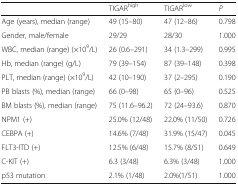
<table><thead><tr><td></td><td><b>TIGAR<sup>high</sup></b></td><td><b>TIGAR<sup>low</sup></b></td><td><b><i>P</i></b></td></tr></thead><tbody><tr><td>Age (years), median (range)</td><td>49 (15–80)</td><td>47 (12–86)</td><td>0.798</td></tr><tr><td>Gender, male/female</td><td>29/29</td><td>28/30</td><td>1.000</td></tr><tr><td>WBC, median (range) (×10<sup>9</sup>/L)</td><td>26 (0.6–291)</td><td>34 (1.3–299)</td><td>0.995</td></tr><tr><td>Hb, median (range) (g/L)</td><td>79 (39–154)</td><td>87 (39–148)</td><td>0.398</td></tr><tr><td>PLT, median (range) (×10<sup>9</sup>/L)</td><td>42 (10–190)</td><td>37 (2–295)</td><td>0.190</td></tr><tr><td>PB blasts (%), median (range)</td><td>66 (0–98)</td><td>65 (0–96)</td><td>0.525</td></tr><tr><td>BM blasts (%), median (range)</td><td>75 (11.6–96.2)</td><td>72 (24–93.6)</td><td>0.870</td></tr><tr><td>NPM1 (+)</td><td>25.0% (12/48)</td><td>22.0% (11/50)</td><td>0.726</td></tr><tr><td>CEBPA (+)</td><td>14.6% (7/48)</td><td>31.9% (15/47)</td><td>0.045</td></tr><tr><td>FLT3-ITD (+)</td><td>12.5% (6/48)</td><td>15.7% (8/51)</td><td>0.649</td></tr><tr><td>C-KIT (+)</td><td>6.3 (3/48)</td><td>6.3% (3/48)</td><td>1.000</td></tr><tr><td>p53 mutation</td><td>2.1% (1/48)</td><td>2.0%(1/51)</td><td>1.000</td></tr></tbody></table>